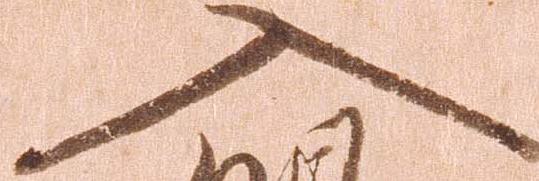
入